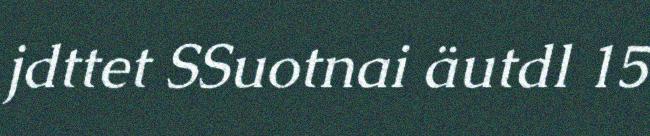
jdttet SSuotnai äutdl 15